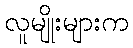
လူမျိုးများက